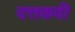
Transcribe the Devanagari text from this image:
दत्तकवी